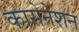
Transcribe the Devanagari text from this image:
कारोनेशन